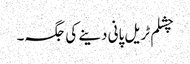
چشلم ٹریل پانی دینے کی جگہ۔